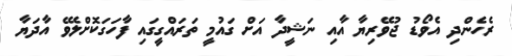
ރެހެންދި އެވޯޑު ޖުވޭރިޔާ އާއި ނަޝީދާ އަށް ގައުމީ ތަރައްގީގައި ފާހަގަކޮށްލެވޭ އާދަޔާ